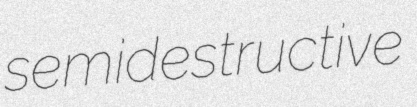
semidestructive